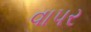
વાપર